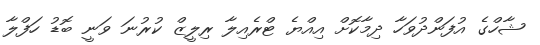
ޝާހްގެ އުފަންދުވަހާ ދިމާކޮށް އިއްޔެ ޓްރެއިލާ ރިލީޒް ކުރުނަ ވަނީ ބޮޑު ހަފްލާ